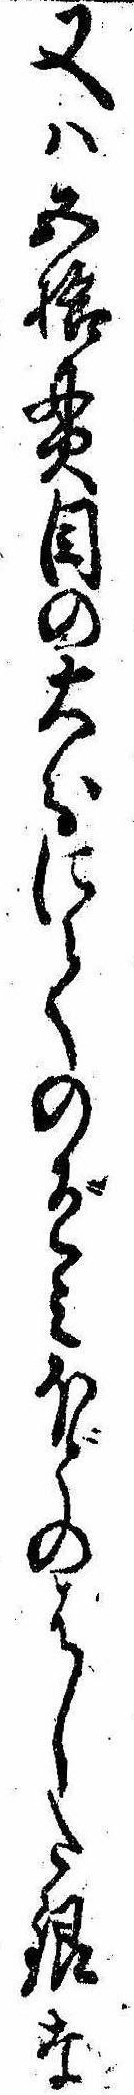
又は五拾貫目の大分にてのぞみほどのはした銀な